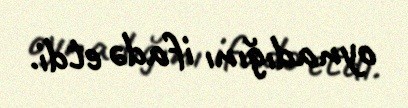
oynadığını ifadə etdi.